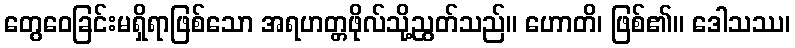
တွေဝေခြင်းမရှိရာဖြစ်သော အရဟတ္တဖိုလ်သို့ညွတ်သည်။ ဟောတိ၊ ဖြစ်၏။ ဒေါသဿ၊